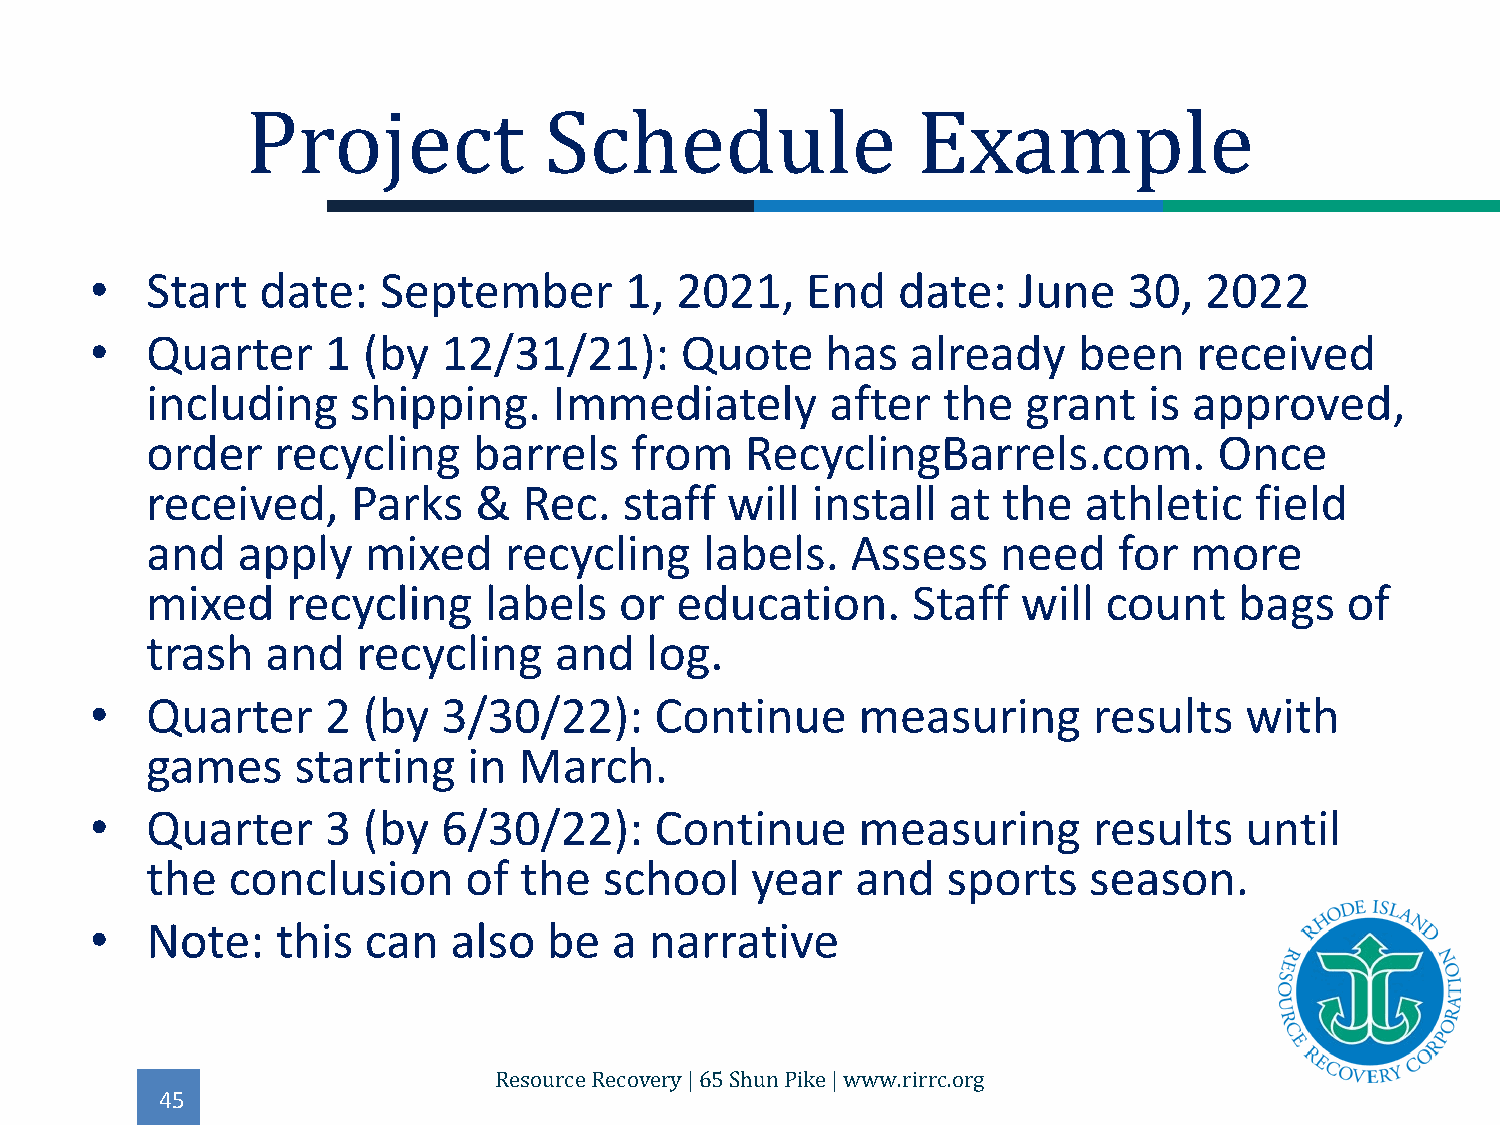
•   Start  date:   September       1,  2021,   End   date:   June    30,  2022
 Project             Schedule                 Example
 •   Quarter     1 (by  12/31/21):      Quote     has  already    been    received
 including    shipping.     Immediately       after  the   grant   is approved,
 order   recycling    barrels    from   RecyclingBarrels.com.           Once
 received,    Parks   &   Rec.  staff  will  install  at the   athletic   field
 and   apply   mixed    recycling     labels.  Assess    need    for  more
 mixed    recycling    labels   or  education.     Staff   will count    bags   of
 trash   and   recycling    and   log.
 •   Quarter     2 (by  3/30/22):     Continue      measuring      results   with
 games    starting    in March.
 •   Quarter     3 (by  6/30/22):     Continue      measuring      results   until
 the  conclusion      of the   school    year   and   sports   season.
 •   Note:   this  can   also  be   a narrative
 45
 Resource Recovery | 65 Shun Pike | www.rirrc.org